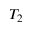
T _ { 2 }